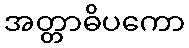
အတ္တာဓိပကော